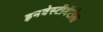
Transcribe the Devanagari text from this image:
इनवेस्टीमेंटोस